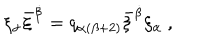
\xi _ { \alpha } \bar { \xi } ^ { \dot { \beta } } = q _ { \alpha ( \beta + 2 ) } \bar { \xi } ^ { \dot { \beta } } \xi _ { \alpha } \ ,